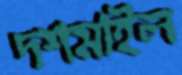
দশমাইল